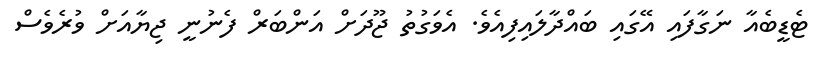
ޓެޑީބެއާ ނަގާފައި އޭގައި ބައްދާލައިފިއެވެ. އެވަގުތު ޖޫދަށް އަންބަރް ފެނުނީ ޖިޔާއަށް ވުރެވެސް